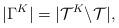
LaTeX: \begin{align*}|\Gamma^K| = |\mathcal{T}^K \backslash \mathcal{T}|,\end{align*}